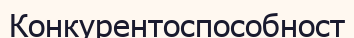
Конкурентоспособност